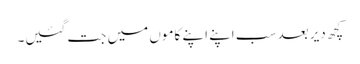
کچھ دیر بعد سب اپنے اپنے کاموں میں جت گئیں۔